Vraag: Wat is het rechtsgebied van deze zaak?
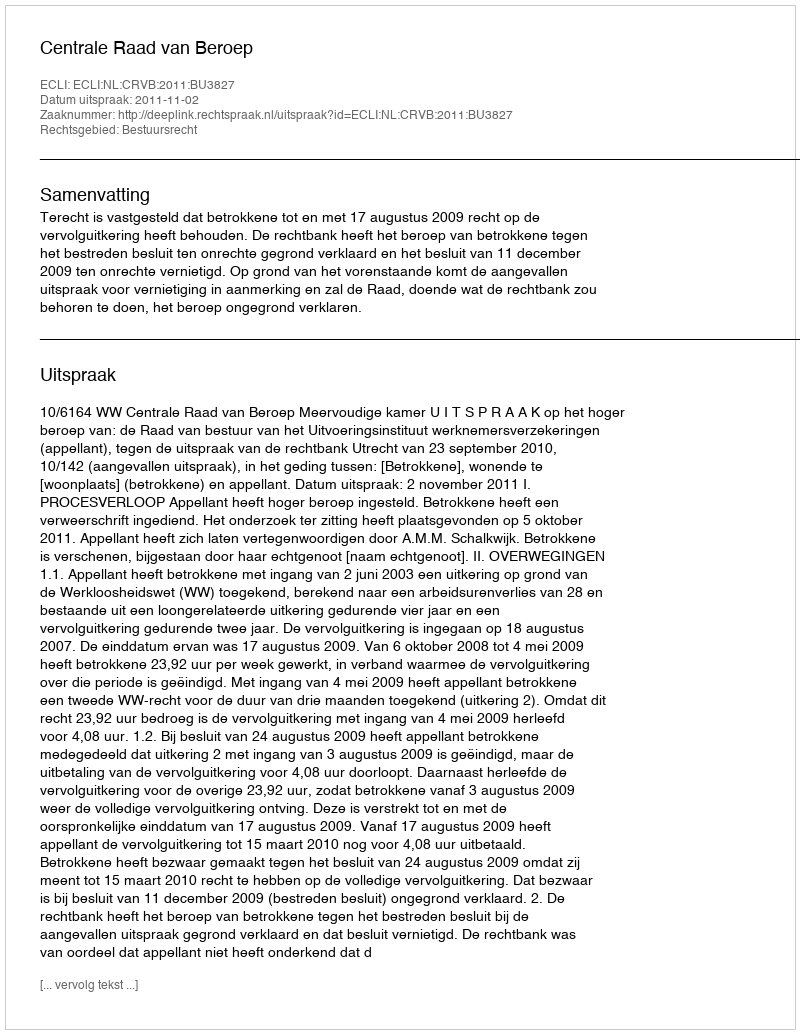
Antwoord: Bestuursrecht